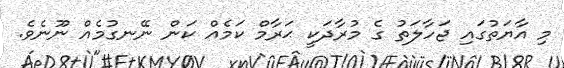
މި އާޔަތުގައި ޖަހާލަތު ގެ މުރާދަކީ ޙަރާމް ކަމެއް ކަން ނޭނގުމެއް ނޫނެވެ.